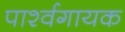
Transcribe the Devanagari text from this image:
पार्श्‍वगायक